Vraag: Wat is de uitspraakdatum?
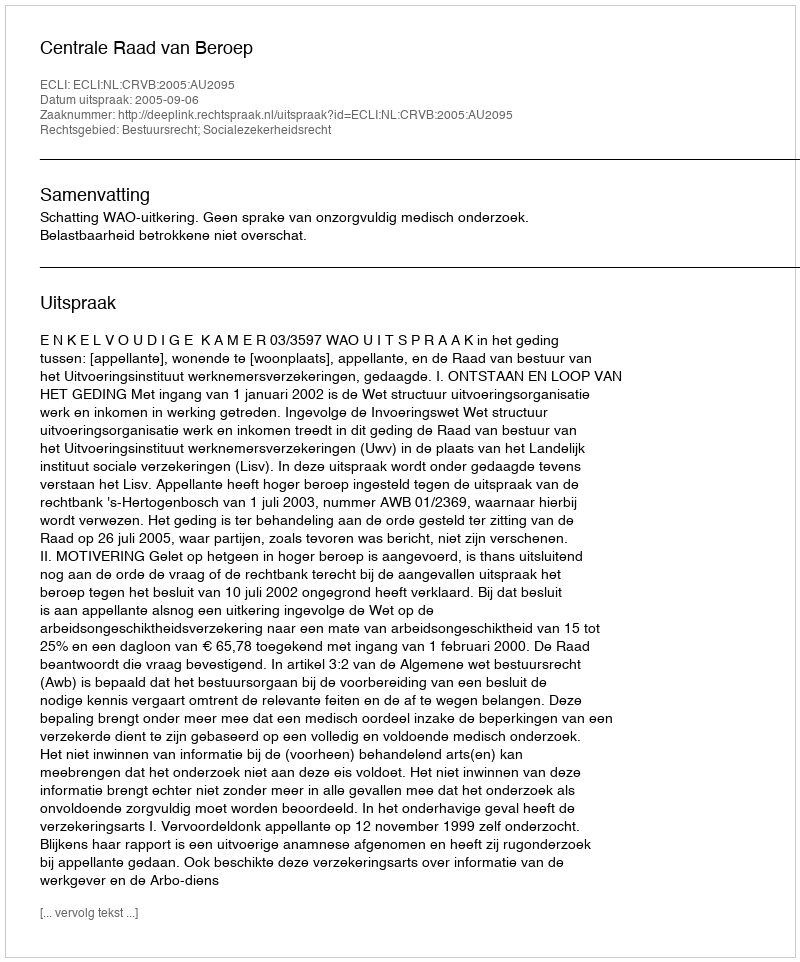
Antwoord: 2005-09-06